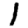
Digit: 1